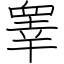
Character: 睾